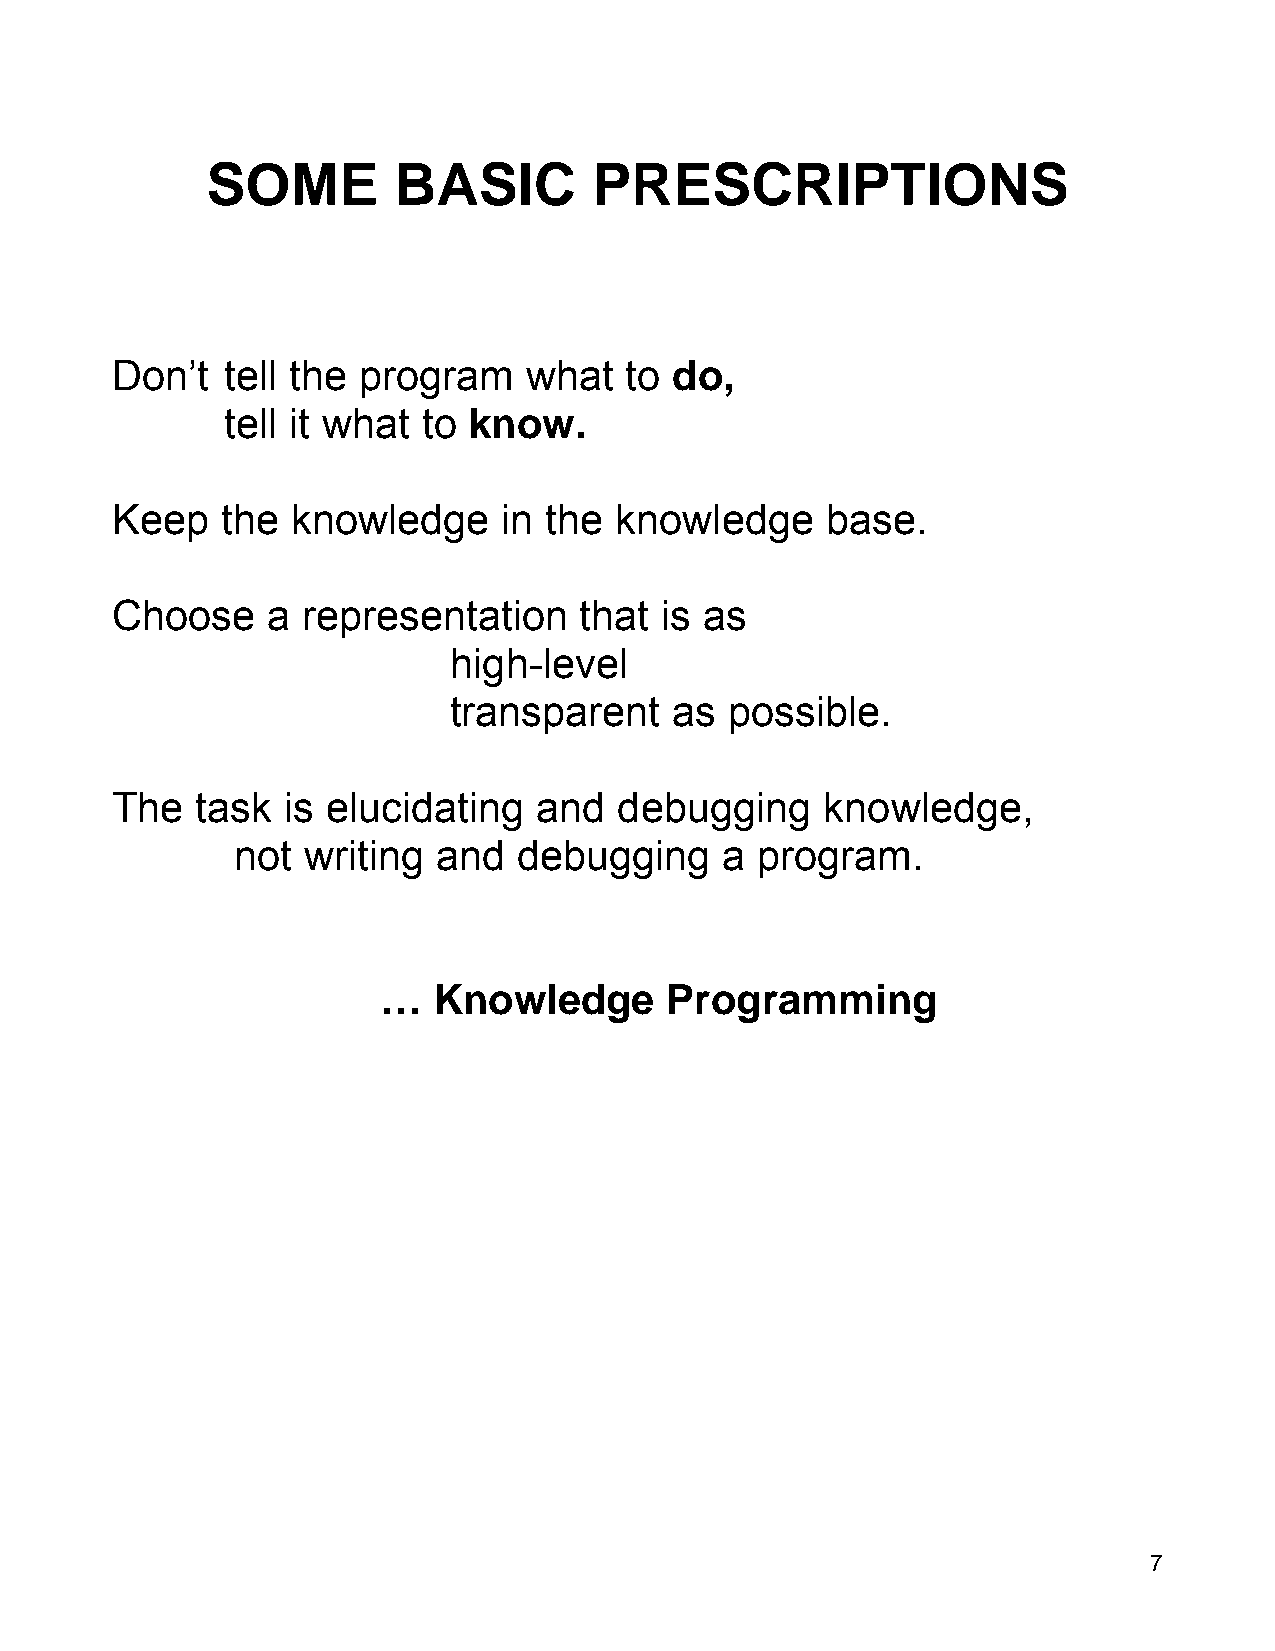
SOME        BASIC        PRESCRIPTIONS
 Don’t   tell the program    what  to do,
 tell it what to know.
 Keep    the knowledge     in the  knowledge     base.
 Choose     a representation    that  is as
 high-level
 transparent    as possible.
 The   task  is elucidating   and  debugging     knowledge,
 not writing  and  debugging     a program.
 …   Knowledge      Programming
 7